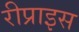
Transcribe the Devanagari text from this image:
रीप्राइस